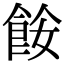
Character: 𩛅